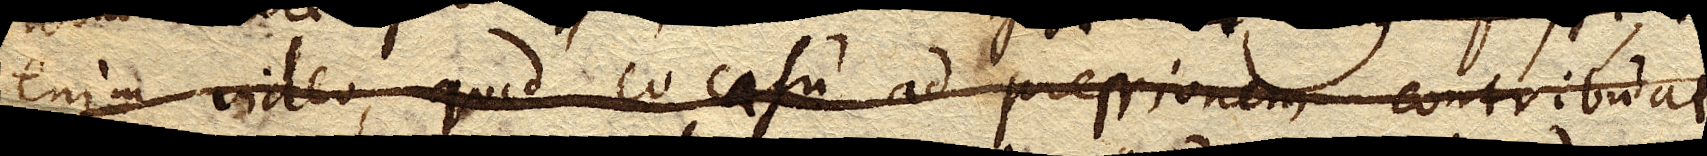
enim video, quod eo casu ad pressionem contribuat